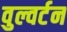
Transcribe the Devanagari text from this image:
वुल्वर्टन